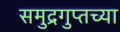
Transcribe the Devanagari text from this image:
समुद्रगुप्तच्या